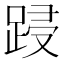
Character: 𮛟